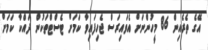
އޭގެ ތެރެއިން 86 މީހުންނަށް އެވައިރަސް ޖެހިފައިވާ ކަމަށް ޓެސްޓްތަކުން ދައްކާ ކަމަށް